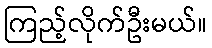
ကြည့်လိုက်ဦးမယ်။